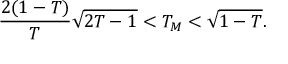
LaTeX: \frac { 2 ( 1 - T ) } { T } \sqrt { 2 T - 1 } < T _ { M } < \sqrt { 1 - T } .